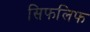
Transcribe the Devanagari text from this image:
सिफलिफ